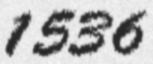
1536